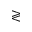
\gtrless